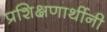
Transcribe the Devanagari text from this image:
प्रशिक्षणार्थीनी